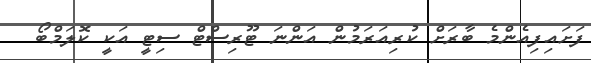
ފަށައިފިއެންމެ ބާރަށް ކުރިއަރަމުން އަންނަ ޓޫރިސްޓް ސިޓީ އަކީ ކޮލަމްބޯ